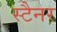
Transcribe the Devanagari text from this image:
स्टैनर